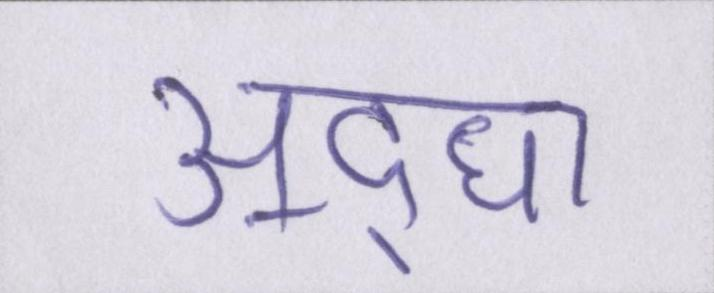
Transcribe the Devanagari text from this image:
अ॒द्घा